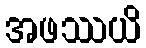
အဖဿယိ